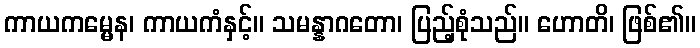
ကာယကမ္မေန၊ ကာယကံနှင့်။ သမန္နာဂတော၊ ပြည့်စုံသည်။ ဟောတိ၊ ဖြစ်၏။